Vaccination in Bombay 1869-1873 - 1869-1873
Year: 1869
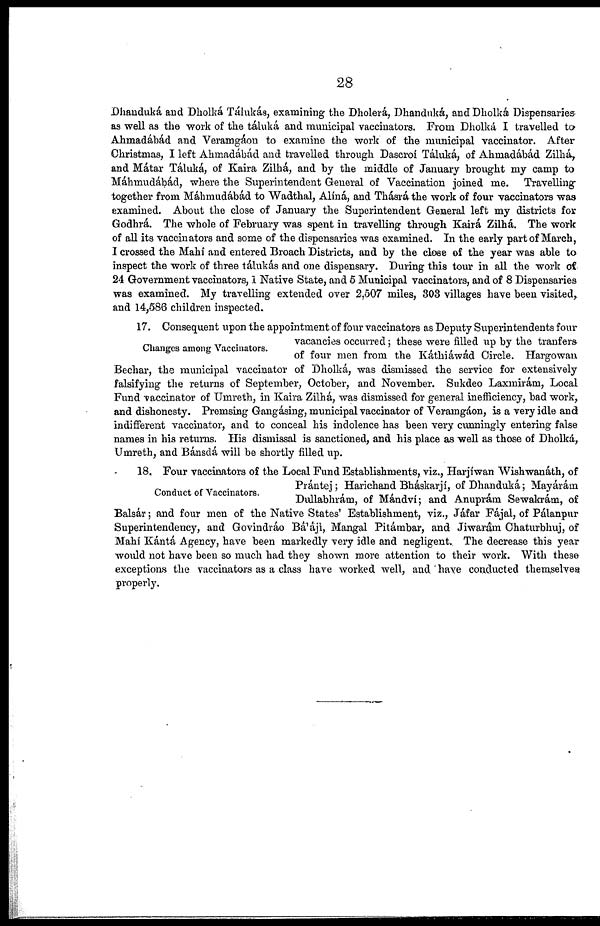
28
Dhanduká and Dholká Tálukás, examining the Dholerá, Dhanduká, and Dholká Dispensaries
as well as the work of the táluká and municipal vaccinators. From Dholká I travelled to
Ahmadábád and Veramgáon to examine the work of the municipal vaccinator. After
Christmas, I left Ahmadábád and travelled through Dascroí Táluká, of Ahmadábád Zilhá,
and Mátar Táluká, of Kaira Zilhá, and by the middle of January brought my camp to
Máhmudábád, where the Superintendent General of Vaccination joined me. Travelling
together from Máhmudábád to Wadthal, Aliná, and Thásrá the work of four vaccinators was
examined. About the close of January the Superintendent General left my districts for
Godhrá. The whole of February was spent in travelling through Kairá Zilhá. The work
of all its vaccinators and some of the dispensaries was examined. In the early part of March,
I crossed the Mahí and entered Broach Districts, and by the close of the year was able to
inspect the work of three tálukás and one dispensary. During this tour in all the work of
24 Government vaccinators, 1 Native State, and 5 Municipal vaccinators, and of 8 Dispensaries
was examined. My travelling extended over 2,507 miles, 303 villages have been visited,
and 14,586 children inspected.
Changes among Vaccinators.
17. Consequent upon the appointment of four vaccinators as Deputy Superintendents four
vacancies occurred; these were filled up by the tranfers
of four men from the Káthiáwád Circle. Hargowan
Bechar, the municipal vaccinator of Dholká, was dismissed the service for extensively
falsifying the returns of September, October, and November. Sukdeo Laxmirám, Local
Fund vaccinator of Umreth, in Kaira Zilhá, was dismissed for general inefficiency, bad work,
and dishonesty. Premsing Gangásing, municipal vaccinator of Veramgáon, is a very idle and
indifferent vaccinator, and to conceal his indolence has been very cunningly entering false
names in his returns. His dismissal is sanctioned, and his place as well as those of Dholká,
Umreth, and Bánsdá will be shortly filled up.
Conduct of Vaccinators.
18. Four vaccinators of the Local Fund Establishments, viz., Harjíwan Wishwanáth, of
Prántej; Harichand Bháskarji, of Dhanduká; Mayárám
Dullabhrám, of Mándvi; and Anuprám Sewakrám, of
Balsár; and four men of the Native States' Establishment, viz., Jáfar Fájal, of Pálanpur
Superintendency, and Govindráo Bá'ájí, Mangal Pitámbar, and Jiwarám Chaturbhuj, of
Mahí Kántá Agency, have been markedly very idle and negligent. The decrease this year
would not have been so much had they shown more attention to their work. With these
exceptions the vaccinators as a class have worked well, and.' have conducted themselves
properly.